Lunatic asylums Bombay report 1891-1903 - 1891-1903
Year: 1891
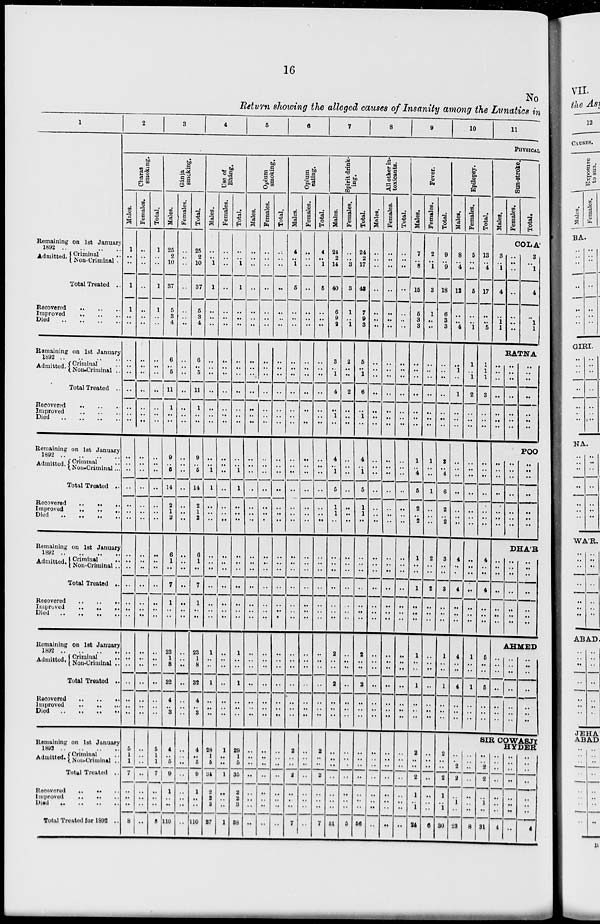
16
No
Return showing the alleged causes of Insanity among the Lunatics in
1
Remaining on 1st January
1892 .. .. .. ..
Admitted .. Criminal ..
Non-Criminal .
Total Treated ..
Recovered .. .. ..
Improved .. .. .. ..
Died .. .. .. .. ..
Remaining on 1st January
1892 .. .. .. ..
Admitted .. Criminal ..
Non-Criminal ..
Total Treated ..
Recovered .. .. ..
Improved .. .. .. ..
Died .. .. .. .. ..
Remaining on 1st January
1892 .. .. .. ..
Admitted .. Crimianl ..
Non-Criminal...
Total Treated ..
Recovered .. .. ..
Improved .. .. .. ..
Died .. .. .. .. ..
Remaining on 1st January
1892 .. .. .. ..
Admitted .. Criminal
..
Non-Criminal ..
Total Treated ..
Recovered .. .. ..
Improved .. .. .. ..
Died .. .. .. .. ..
Remaining on 1st January
1892 .. .. .. ..
Admitted .. Criminal ..
Non-Criminal ..
Total Treated ..
Recovered .. .. ..
Improved .. .. .. ..
Died .. .. .. .. ..
Remaining on 1st January
1892 .. .. .. ..
Admitted ..
Criminal ..
Non-Criminal ..
Total Treated ..
Recovered .. ... ...
Improved .. .. .. ..
Died .. .. .. .. ..
Total Treated for 1892 ..
2
3
4
5
6
7
8
9
10
11
PHYSICAL
Charas
smoking.
Males.
1
..
..
1
1
..
..
..
..
..
..
..
..
..
..
..
..
..
..
..
..
..
..
..
..
..
..
..
..
..
..
..
..
..
..
5
1
1
7
..
..
..
8
Females.
..
..
..
..
..
..
..
..
..
...
..
..
..
..
..
..
...
..
..
...
..
..
..
..
..
..
..
..
..
..
..
..
..
..
..
..
..
..
...
..
..
..
..
Total.
1
..
..
1
1
..
..
..
...
..
..
..
..
..
..
..
...
..
..
..
..
..
..
..
..
..
..
..
..
..
..
..
..
..
...
5
1
1
7
..
..
..
8
Gánja
smoking.
Males.
25
2
10
37
5
3
4
6
..
5
11
1
..
..
9
..
5
14
2
1
2
6
1
..
7
1
..
..
23
1
8
32
4
.. 3
4
..
5
9
1
..
..
110
Females.
..
..
..
..
..
..
..
..
..
..
..
..
..
..
..
..
..
..
..
..
..
..
..
..
..
..
..
..
..
..
..
..
..
..
..
..
..
..
..
..
..
..
..
Total.
25
2
10
37
5
3
4
6
..
5
11
1
..
..
9
..
5
14
2
1
2
6
1
..
7
1
..
..
23
1
8
32
4
.. 3
4
..
5
9
1
..
..
110
Use of
Bháng.
Males.
..
..
1
1
..
..
..
..
..
..
..
..
..
..
..
..
1
1
..
..
..
..
..
..
..
..
..
..
1
..
..
1
..
..
..
28
1
5
34
2
2
3
37
Females.
..
..
..
..
..
..
..
..
..
..
..
..
..
..
..
..
..
..
..
..
..
..
..
..
..
..
..
..
..
..
..
..
..
..
..
1
..
..
1
..
..
..
1
Total.
..
..
1
1
..
..
..
..
..
..
..
..
..
..
..
..
1
1
..
..
..
..
..
..
..
..
..
..
1
..
..
1
..
..
..
29
1
5
35
2
2
3
38
Opium
smoking.
Males.
..
..
..
..
..
..
..
..
..
..
..
..
..
..
..
..
..
..
..
..
..
..
..
..
..
..
..
..
..
..
..
..
..
..
..
..
..
..
..
..
..
..
..
Females.
..
..
..
..
..
..
..
..
..
..
..
..
..
..
..
..
..
..
..
..
..
..
..
..
..
..
..
..
..
..
..
..
..
..
..
..
..
..
..
..
..
..
..
Total.
..
..
..
..
..
..
..
..
..
..
..
..
..
..
..
..
..
..
..
..
..
..
..
..
..
..
..
..
..
..
..
..
..
..
..
..
..
..
..
..
..
..
..
Opium
eating.
Males.
4
..
1
5
..
..
..
..
..
..
..
..
..
..
..
..
..
..
..
..
..
..
..
..
..
..
..
..
..
..
..
..
..
..
..
2
..
..
2
..
..
..
7
Females.
..
..
..
..
..
..
..
..
..
..
..
..
..
..
..
..
..
..
..
..
..
..
..
..
..
..
..
..
..
..
..
..
..
..
..
..
..
..
..
..
..
..
..
Total.
4
..
1
5
..
..
..
..
..
..
..
..
..
..
..
..
..
..
..
..
..
..
..
..
..
..
..
..
..
..
..
..
..
..
..
2
..
..
2
..
..
..
7
Spirit drink-
ing.
Males.
24
2
14
40
6
9
2
3
..
1
4
..
1
..
4
..
..
5
1
1
..
..
..
..
..
..
..
..
2
..
..
2
..
..
..
..
..
..
..
..
..
..
51
Females.
..
..
3
3
1
..
1
2
..
..
2
..
..
..
..
..
..
..
..
..
..
..
..
..
..
..
..
..
..
..
..
..
..
..
..
..
..
..
..
..
..
..
5
Total.
24
2
17
43
7
9
3
5
..
1
6
..
1
..
4
..
..
5
1
1
..
..
..
..
..
..
..
..
2
..
..
2
..
..
..
..
..
..
..
..
..
..
56
All other in-
toxicants.
Males.
..
..
..
..
..
..
..
..
..
..
..
..
..
..
..
..
..
..
..
..
..
..
..
..
..
..
..
..
..
..
..
..
..
..
..
..
..
..
..
..
..
..
..
Females.
..
..
..
..
..
..
..
..
..
..
..
..
..
..
..
..
..
..
..
..
..
..
..
..
..
..
..
..
..
..
..
..
..
..
..
..
..
..
..
..
..
..
..
Total.
..
..
..
..
..
..
..
..
..
..
..
..
..
..
..
..
..
..
..
..
..
..
..
..
..
..
..
..
..
..
..
..
..
..
..
..
..
..
..
..
..
..
..
Fever.
Males.
7
..
8
16
6
3
3
..
..
..
..
..
..
..
1
..
4
5
2
..
2
1
..
..
1
..
..
..
1
..
..
1
..
..
..
2
..
..
2
1
..
1
24
Females.
2
..
1
3
1
..
..
..
..
..
..
..
..
..
1
..
..
1
..
..
..
2
..
..
2
..
..
..
..
..
..
..
..
..
..
..
..
..
..
..
..
..
6
Total.
9
..
9
18
6
3
3
..
..
..
..
..
..
..
2
..
4
6
2
..
2
3
..
..
3
..
..
..
1
..
..
1
..
..
..
2
..
..
2
1
..
1
30
Epilepsy.
Males.
8
..
4
12
..
..
4
..
1
..
1
..
..
..
..
..
..
..
..
..
..
4
..
..
4
..
..
..
4
..
..
4
..
..
..
..
..
2
2
..
1
..
23
Females.
5
..
..
5
..
..
1
1
..
1
2
..
..
..
..
..
..
..
..
..
..
..
..
..
..
..
..
..
1
..
..
1
..
..
..
..
..
..
..
..
..
..
8
Total.
13
..
4
17
..
..
5
1
1
1
3
..
..
..
..
..
..
..
..
..
..
4
..
..
4
..
..
..
5
..
..
5
..
..
..
Sun-stroke.
Males.
3
..
1
4
..
1
1
Females.
Total.
COLÁ
..
..
..
..
..
..
..
3
..
1
4
..
1
1
RATNA
..
..
..
..
..
..
..
..
..
..
..
..
..
..
..
..
..
..
..
..
..
..
..
..
..
..
..
..
..
..
..
..
..
..
..
POO
..
..
..
..
..
..
..
DHÁR
..
..
..
..
..
..
..
..
..
..
..
..
..
..
..
..
..
..
..
..
..
AHMED
..
..
..
..
..
..
..
..
..
..
..
..
..
..
..
..
..
..
..
..
..
SIR COWASJI HYDER
..
..
2
2
..
1
..
31
..
..
..
..
..
..
..
4
..
..
..
..
..
..
..
..
..
..
..
..
..
..
..
4